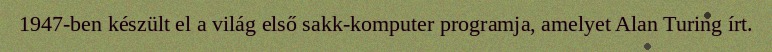
1947-ben készült el a világ első sakk-komputer programja, amelyet Alan Turing írt.